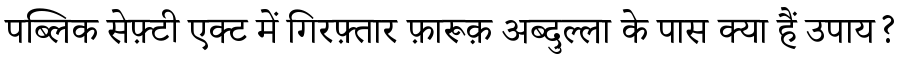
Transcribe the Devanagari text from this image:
पब्लिक सेफ़्टी एक्ट में गिरफ़्तार फ़ारूक़ अब्दुल्ला के पास क्या हैं उपाय?